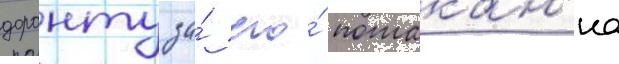
доранту за́ его́ потакан'иа